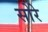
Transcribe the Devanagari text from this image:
सोरे